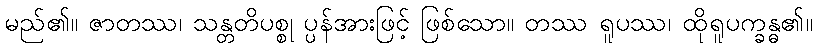
မည်၏။ ဇာတဿ၊ သန္တတိပစ္စု ပ္ပန်အားဖြင့် ဖြစ်သော။ တဿ ရူပဿ၊ ထိုရူပက္ခန္ဓ၏။